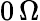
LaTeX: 0\, \Omega